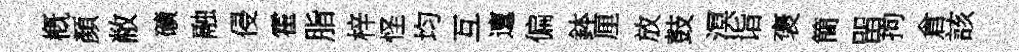
槪顏敝礦融侵霍脂梓怪均互邅偏鉢厘放鼓溟诣褒簡㽞拘倉該